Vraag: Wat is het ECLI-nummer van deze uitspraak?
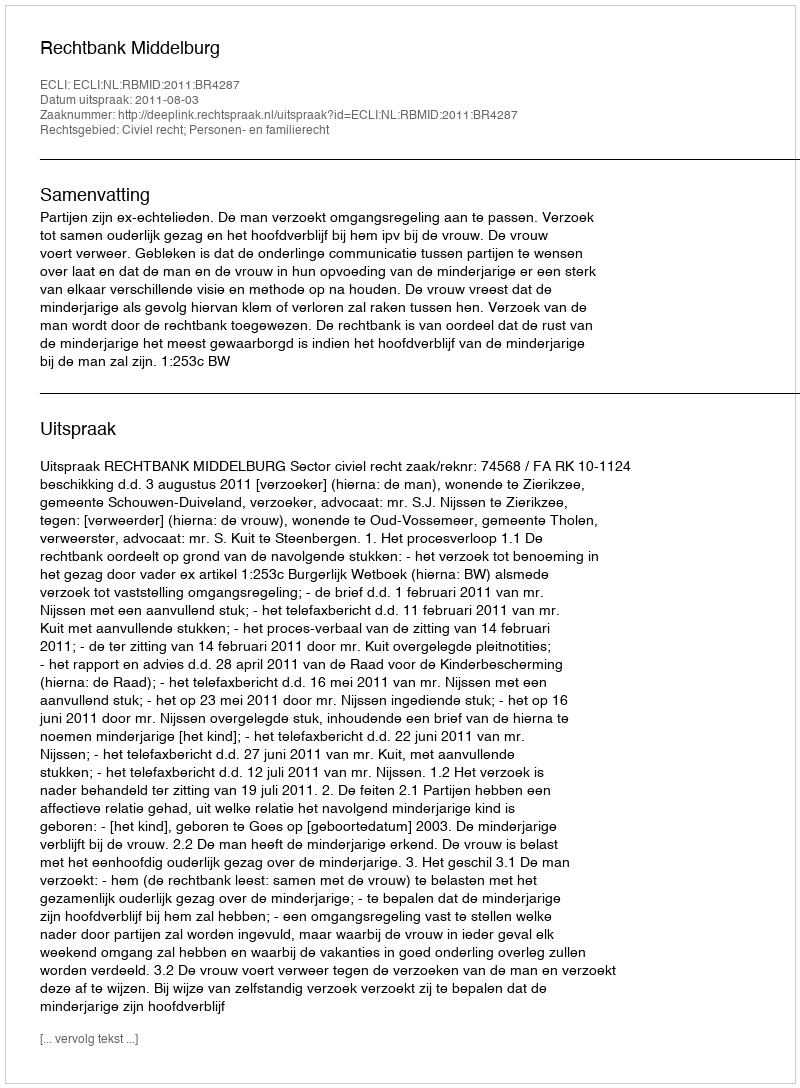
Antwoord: ECLI:NL:RBMID:2011:BR4287